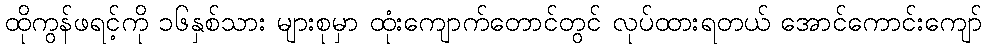
ထိုကွန်ဖရင့်ကို ၁၆နှစ်သား များစုမှာ ထုံးကျောက်တောင်တွင် လုပ်ထားရတယ် အောင်ကောင်းကျော်